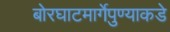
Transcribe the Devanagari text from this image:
बोरघाटमार्गेपुण्याकडे